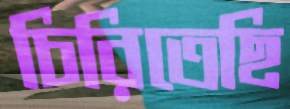
চিরিতেছি